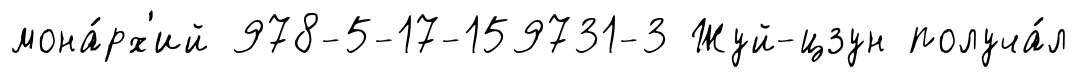
мона́рх'ий 978-5-17-159731-3 Жуй-цзун получа́л